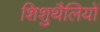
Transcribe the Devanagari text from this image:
शिशुथैलियों